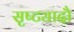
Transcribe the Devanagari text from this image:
सृष्ट्यादौ